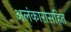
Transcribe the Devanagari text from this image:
अलंकारासहित